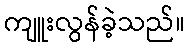
ကျူးလွန်ခဲ့သည်။